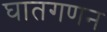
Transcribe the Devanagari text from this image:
घातगणन